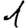
Digit: 1